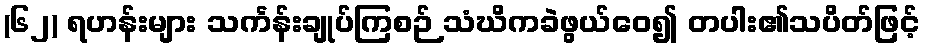
(၆၂) ရဟန်းများ သင်္ကန်းချုပ်ကြစဉ် သံဃိကခဲဖွယ်ဝေ၍ တပါး၏သပိတ်ဖြင့်